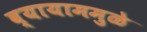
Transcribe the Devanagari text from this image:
व्यायाममुळे